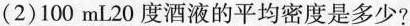
(2)100mL20度酒液的平均密度是多少?